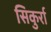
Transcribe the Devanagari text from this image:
सिकुर्रा